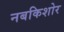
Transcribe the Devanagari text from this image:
नबकिशोर